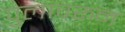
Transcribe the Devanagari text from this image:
पुलावरुन